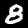
Digit: 8